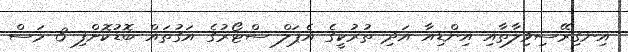
އިނގިރޭސިވިލާތާއި އިންޑިއާ އަދި ތުރުކީގެ އެޕަލް ސްޓޯރުގެ އަގުތައް ބޮޑުކޮށްފި 3 މަސް